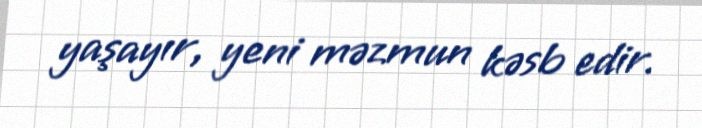
yaşayır, yeni məzmun kəsb edir.